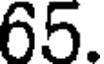
65.